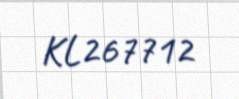
KL267712